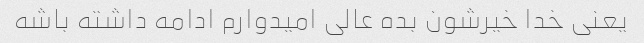
یعنی خدا خیرشون بده عالی امیدوارم ادامه داشته باشه